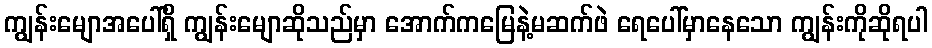
ကျွန်းမျောအပေါ်ရှိ ကျွန်းမျောဆိုသည်မှာ အောက်ကမြေနဲ့မဆက်ဖဲ ရေပေါ်မှာနေသော ကျွန်းကိုဆိုရပါ